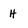
Character: H